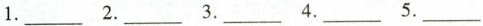
1.___ 2.___ 3.___ 4.___ 5.___